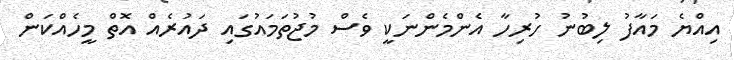
އިއްޔެ މައާފު ލިބުނު ހުރިހާ އެންމެންނަކީ ވެސް މުޖުތަމައުގައި ދައުރެއް އޮތް މީހެއްކަން